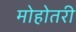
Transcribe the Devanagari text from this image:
मोहोतरी